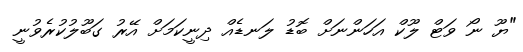
"ޔޫ ނޯ ވަޓް ލޫކް އަހަންނަށް ބޮޑު ލަނޑެއް ދިނީކަމަށް އޭރު ގަބޫލުކުރެވުނީ